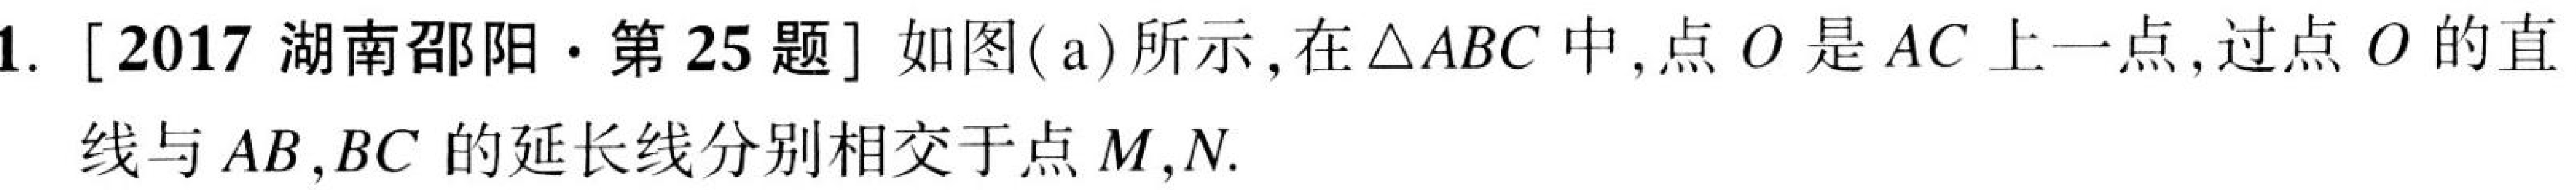
1. [2017 湖南邵阳·第25题] 如图(a)所示，在\(\triangle ABC\)中，点\(O\)是\(AC\)上一点，过点\(O\)的直线与\(AB,BC\)的延长线分别相交于点\(M,N\).